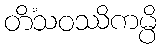
တိံသဝဿိကမ္ပိ